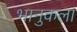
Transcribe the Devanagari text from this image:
भानुकला